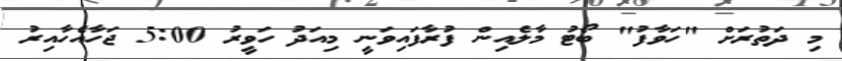
މި ދަތުރަށް "ހަވާފު" ބޯޓު މާލެއިން ފުރާފައިވަނީ މިއަދު ހަވީރު 5:00 ޖަހާއެހާއިރު